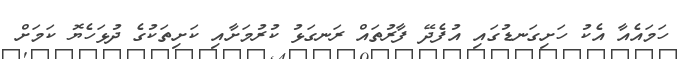
ހަމައެއާ އެކު ހަށިގަނޑުގައި އުފެދޭ ފާރުތައް ރަނގަޅު ކުރުމަށާއި ކަށިތަކުގެ ދުޅަހެޔޮ ކަމަށް